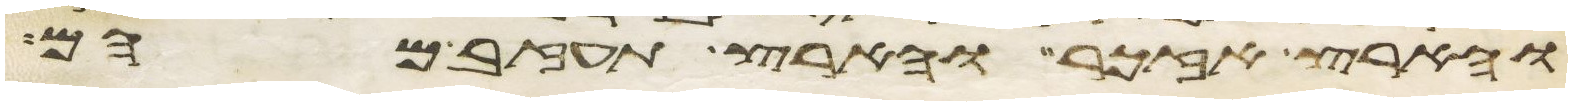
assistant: והארץ אזכר והארץ תעזב מהם